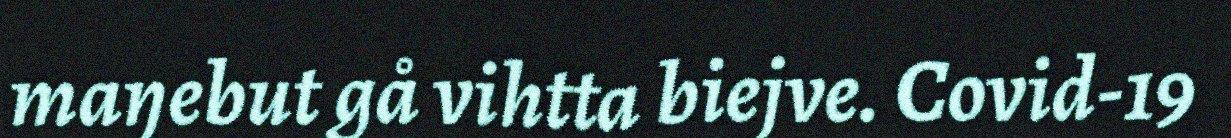
maŋebut gå vihtta biejve. Covid-19